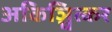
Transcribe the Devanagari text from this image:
अकिञ्चित्कर